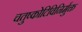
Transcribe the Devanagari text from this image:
चतुष्कोटिविनिर्मुक्त